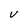
Character: V